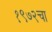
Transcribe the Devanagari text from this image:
१९७२चा